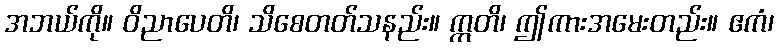
အဘယ်ကို။ ဝိညာပေတိ၊ သိစေတတ်သနည်း။ ဣတိ၊ ဤကားအမေးတည်း။ ဧကံ၊